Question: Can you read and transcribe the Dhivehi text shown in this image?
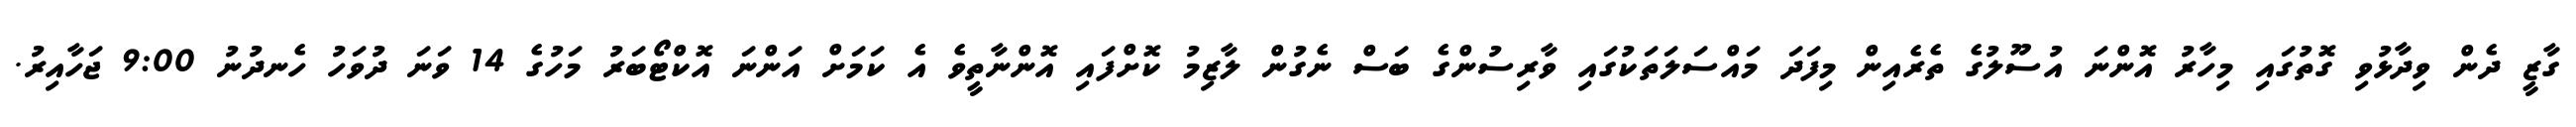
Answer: ގާޒީ ދެން ވިދާޅުވި ގޮތުގައި މިހާރު އޮންނަ އުސޫލުގެ ތެރެއިން މިފަދަ މައްސަލަތަކުގައި ވާރިސުންގެ ބަސް ނެގުން ލާޒިމު ކޮށްފައި އޮންނާތީވެ އެ ކަމަށް އަންނަ އޮކްޓޯބަރު މަހުގެ 14 ވަނަ ދުވަހު ހެނދުނު 9:00 ޖަހާއިރު.